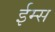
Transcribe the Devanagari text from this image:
ईम्स